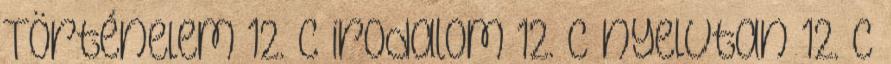
Történelem 12. C irodalom 12. C nyelvtan 12. C